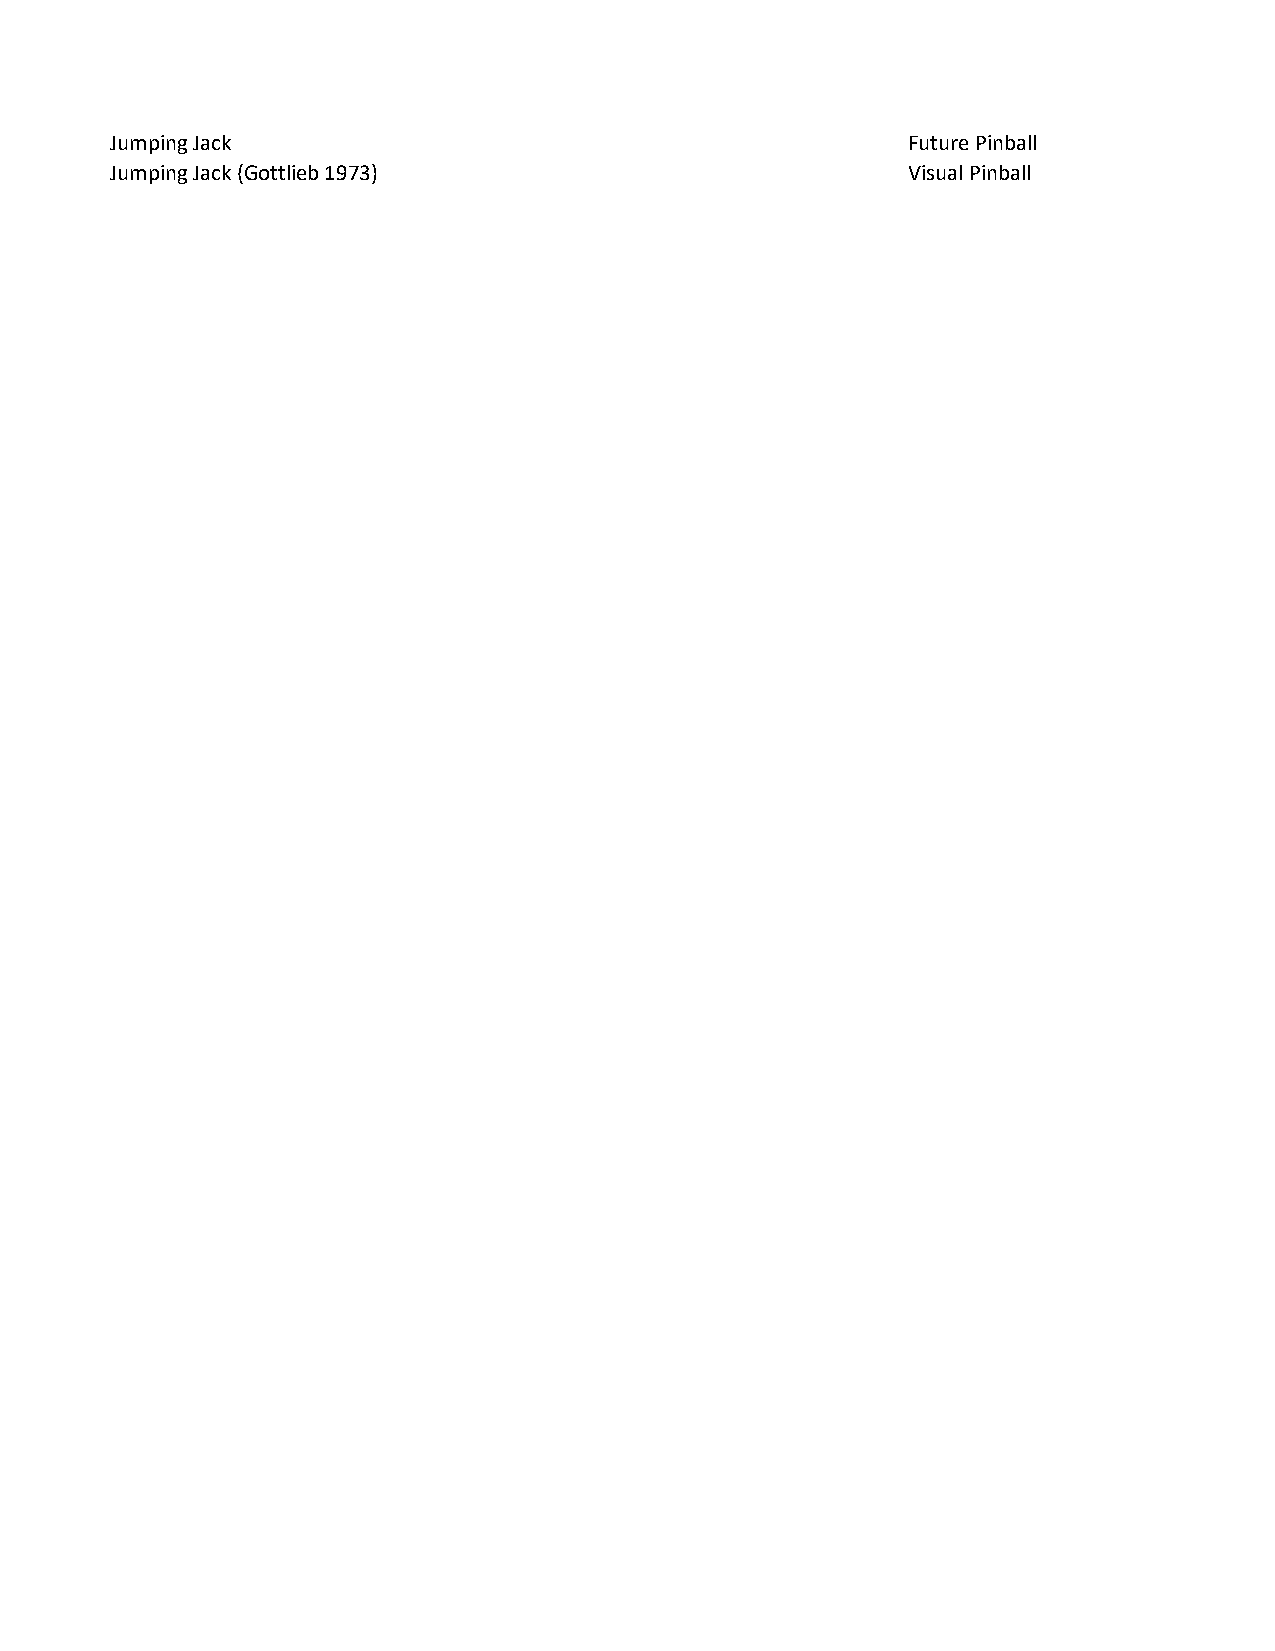
Jumping Jack                                         Future Pinball
 Jumping Jack (Gottlieb 1973)                         Visual Pinball